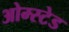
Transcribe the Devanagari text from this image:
ओम्स्टेड